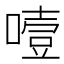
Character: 噎